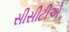
સીસીટીએ